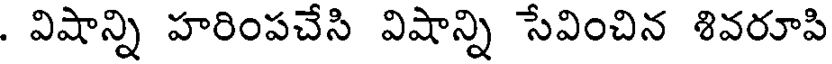
. విషాన్ని హరింపచేసి విషాన్ని సేవించిన శివరూపి